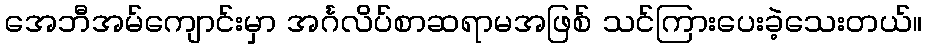
အေဘီအမ်ကျောင်းမှာ အင်္ဂလိပ်စာဆရာမအဖြစ် သင်ကြားပေးခဲ့သေးတယ်။